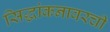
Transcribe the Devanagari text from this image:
सिद्धांकनावरची